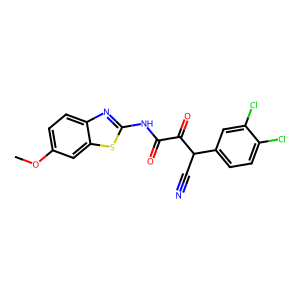
SMILES: COc1ccc2nc(NC(=O)C(=O)C(C#N)c3ccc(Cl)c(Cl)c3)sc2c1
Inhibits HIV replication: No